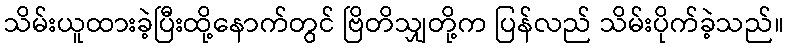
သိမ်းယူထားခဲ့ပြီးထို့နောက်တွင် ဗြိတိသျှတို့က ပြန်လည် သိမ်းပိုက်ခဲ့သည်။